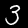
Digit: 3